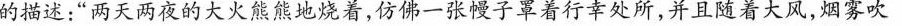
的描述：”两天两夜的大火熊熊地烧着，仿佛一张幔子罩着行幸处所，并且随着大风，烟雾吹